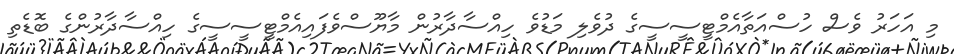
މި އަހަރު ވެސް ހުސްއަތާއެމްޓީސީސީގެ ދުވެލި މަޑުވެ ހިއްސާދާރުން މާޔޫސްވެފައިއެމްޓީސީސީގެ ހިއްސާދާރުންގެ ބޮޑެތި